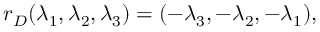
r _ { D } ( \lambda _ { 1 } , \lambda _ { 2 } , \lambda _ { 3 } ) = ( - \lambda _ { 3 } , - \lambda _ { 2 } , - \lambda _ { 1 } ) ,